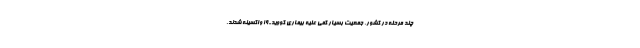
چند مرحله در کشور، جمعیت بسیار کمی علیه بیماری کووید-۱۹ واکسینه شدند.